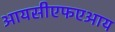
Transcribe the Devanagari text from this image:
आयसीएफएआय